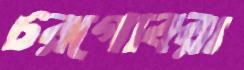
চরগোবরা